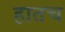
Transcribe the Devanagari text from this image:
हातच